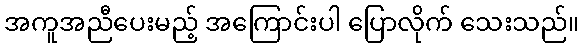
အကူအညီပေးမည့် အကြောင်းပါ ပြောလိုက် သေးသည်။